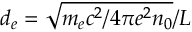
d _ { e } = \sqrt { m _ { e } c ^ { 2 } / { 4 \pi e ^ { 2 } n _ { 0 } } } / L